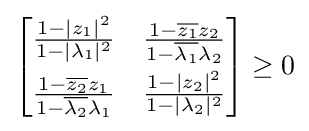
{\begin{bmatrix}{\frac {1-|z_{1}|^{2}}{1-|\lambda _{1}|^{2}}}&{\frac {1-{\overline {z_{1}}}z_{2}}{1-{\overline {\lambda _{1}}}\lambda _{2}}}\\[5pt]{\frac {1-{\overline {z_{2}}}z_{1}}{1-{\overline {\lambda _{2}}}\lambda _{1}}}&{\frac {1-|z_{2}|^{2}}{1-|\lambda _{2}|^{2}}}\end{bmatrix}}\geq 0